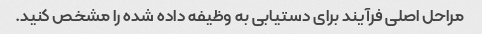
مراحل اصلی فرآیند برای دستیابی به وظیفه داده شده را مشخص کنید.